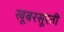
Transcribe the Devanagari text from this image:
खूबरसूरती